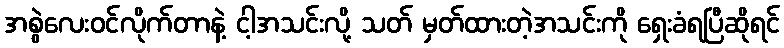
အစွဲလေးဝင်လိုက်တာနဲ့ ငါ့အသင်းလို့ သတ် မှတ်ထားတဲ့အသင်းကို ရှေးခံရပြီဆိုရင်